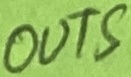
Text: OUTS